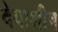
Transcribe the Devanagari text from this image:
देवाशीष